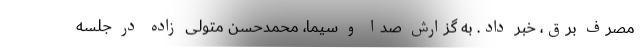
مصرف برق، خبر داد. به گزارش صدا و سیما، محمدحسن متولی زاده در جلسه